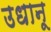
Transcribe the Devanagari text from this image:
उधानू